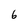
Character: 6